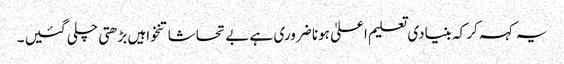
یہ کہہ کر کہ بنیادی تعلیم اعلیٰ ہونا ضروری ہے بے تحاشا تنخواہیں بڑھتی چلی گئیں ۔